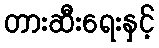
တားဆီးရေးနှင့်